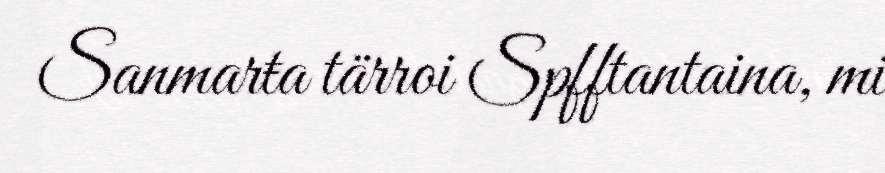
Sanmarŧa tärroi Spfftantaina, mi